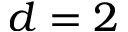
d = 2